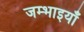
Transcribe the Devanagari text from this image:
जम्भाइयाँ